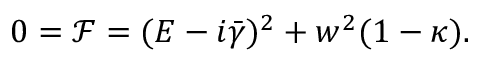
0 = \mathcal { F } = ( E - i \bar { \gamma } ) ^ { 2 } + w ^ { 2 } ( 1 - \kappa ) .